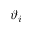
\vartheta _ { i }